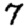
Digit: 7